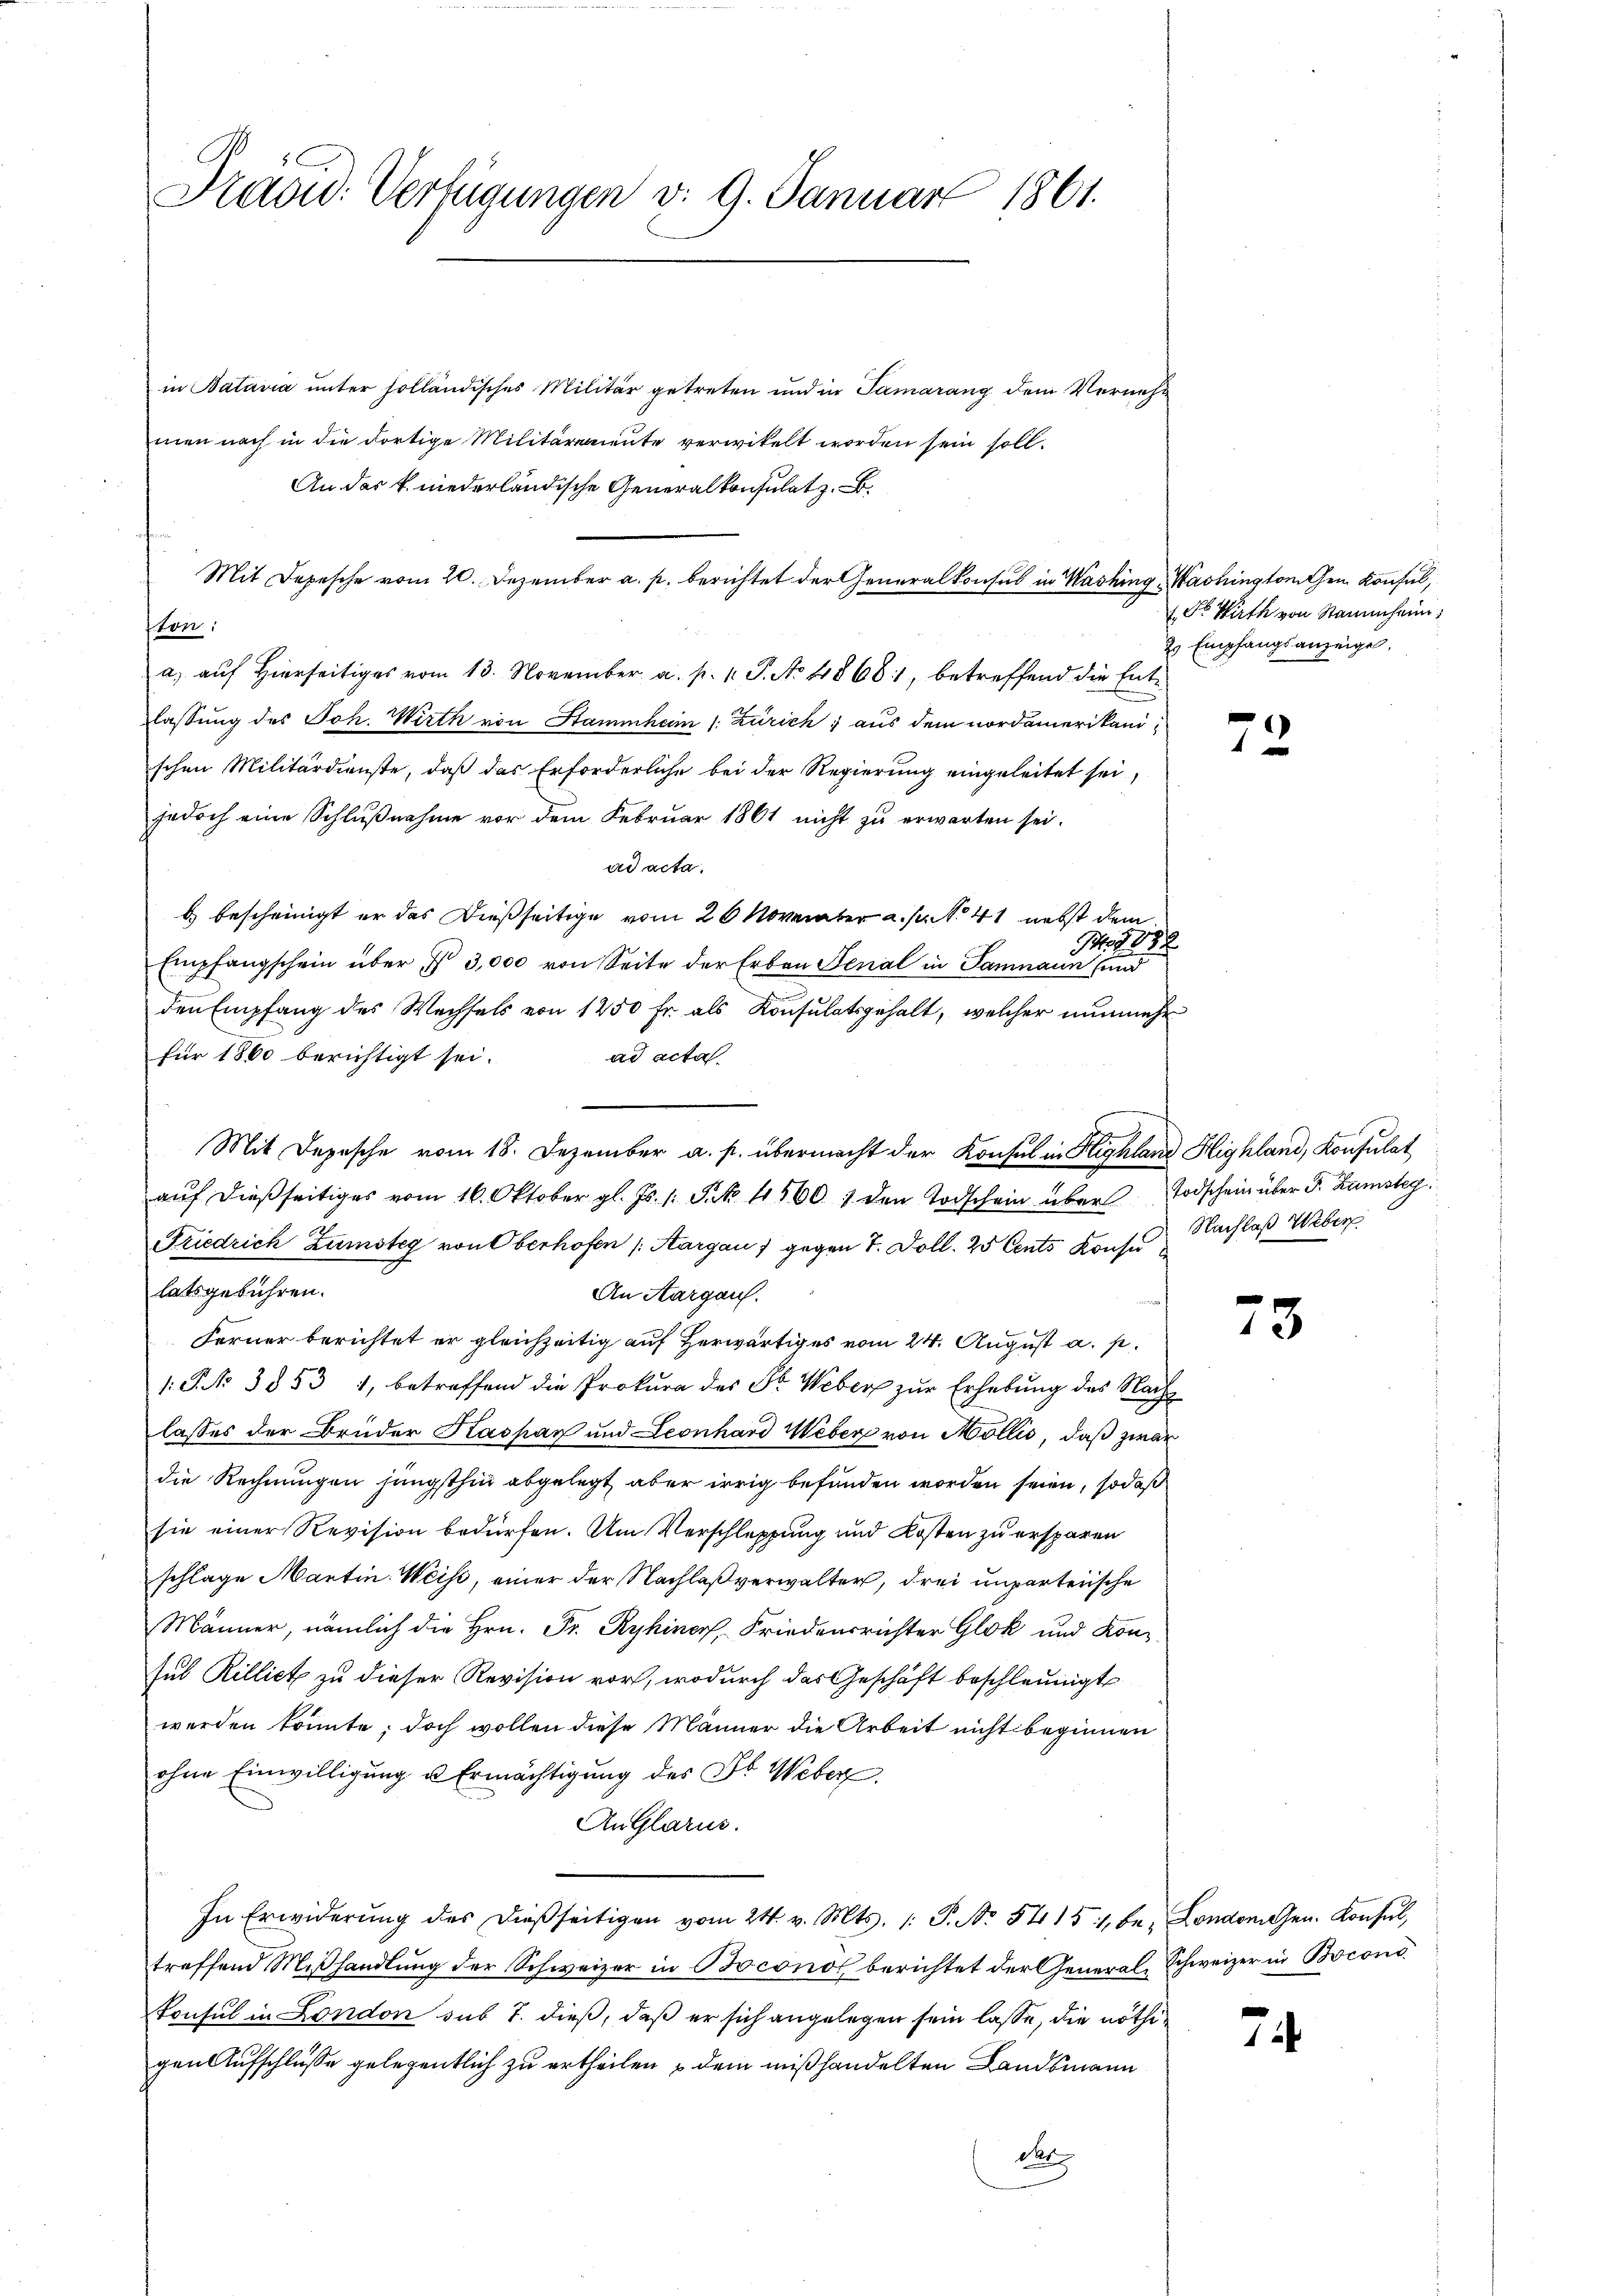
Präsid. Verfügungen v. 9. Januar 1861.

in Batavia unter holländisches Militär getreten und in Samarang dem Vernehm
men nach in die dortige Militäreriente verwikelt worden sein soll.
An das k. niederländische Generalkonsulatz. B.
Mit Depesche vom 20. Dezember a. p. berichtet der Generalkonsul in Washing, Washingtonten Konsul,
ton:
a) auf Hierseitiges vom 13. November a. p. 1. P. No 4868, betreffend die Entlassung des Joh. Wirth von Stammham 1. Zürich; aus dem nordamerikanischen Militärdienste, daß das Erforderliche bei der Regierung eingeleitet sei,
jedoch eine Schlußnahme vor dem Februar 1861 nicht zu erwarten sei.
ad acta.
b) bescheinigt er das Dießseitige vom 26 November a. p. No 41 nebst dem
Io888
Empfangschein über § 3,000 von Seite der Erben Senal in Samnaun und
den Empfang des Wechsels von 1250 Fr. als Konsulatsgehalt, welcher nunmehr
für 1860 berichtigt sei.
ad acta
Mit Depesche vom 18. Dezember a. p. übermacht der Konsul in Highland Highland, Konsulat
auf dießseitiges vom 16. Oktober gl. Js. 1. Frk. 45601 den Todschein über Todschein über P. Zamsbeg
Friedrich Zumsteg von Oberhofen (Aargau 1 gegen 7. Doll. 25 Cents Kons. Nachlaß Weber
latsgebühren.
An Aargau.
Ferner berichtet er gleichzeitig auf herwärtiges vom 24. August a. p.
1. P. Nr. 3853 1, betreffend die Prokura des Sr. Weber zur Erhebung des Nachlasses der Bruder Kaspar und Leonhard Weber von Mollis, daß zwar
die Rechnungen jüngsthin abgelegt aber irrig befunden worden seien, sodaß
sie einer Revision bedürfen. Am Verschleppung und Kosten zu ersparen
schlage Martin. Weise, einer der Nachlaß verwalter, drei unparteiische
Männer, nämlich die Hrn. Fr. Ryhiner, Friedensrichter Glok und Konsul Rilliet zu dieser Revision vor, wodurch das Geschäft beschleunigt
werden könnte; doch wollen diese Männer die Arbeit nicht beginnen
ohne Einwilligung u Ermächtigung des St. Weber
An Glarus.
In Erwiderŭng des dießseitigen vom 24. v. Mts. 1. P. Nr. 54151, be- Londonnen. Konsŭl,
treffend Mißhandlung der Schweizer in Boconos berichtet der General-Schweizer in Bocono
konsul in London sub 7. dieß, daß er sich angelegen sein lasse, die nöthigen Aufschlüsse gelegentlich zu ertheilen & dem mißhandelten Landsmann
der

Dr Wirth von Stammheim,
2s Empfangsanzeige.

72

73

74